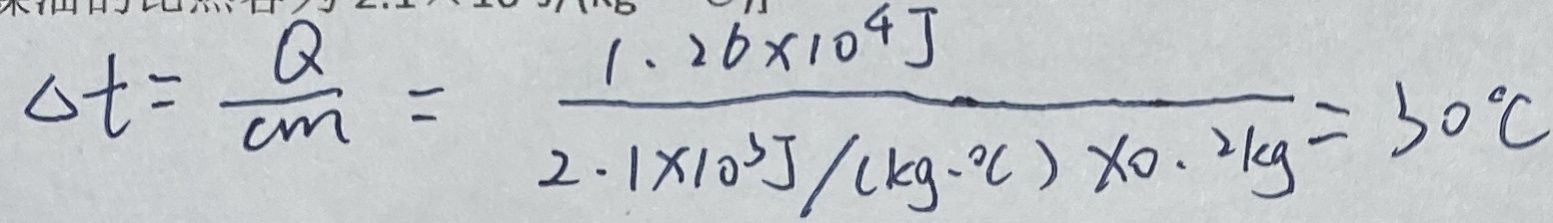
\Delta t = \frac { Q } { c m } = \frac { 1 . 2 6 \times 1 0 ^ { 4 } J } { 2 . 1 \times 1 0 ^ { 3 } J / ( k g \cdot ^ { \circ } C ) \times 0 . 2 k g } = 3 0 ^ { \circ } C